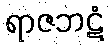
ရာဇဘဋံ